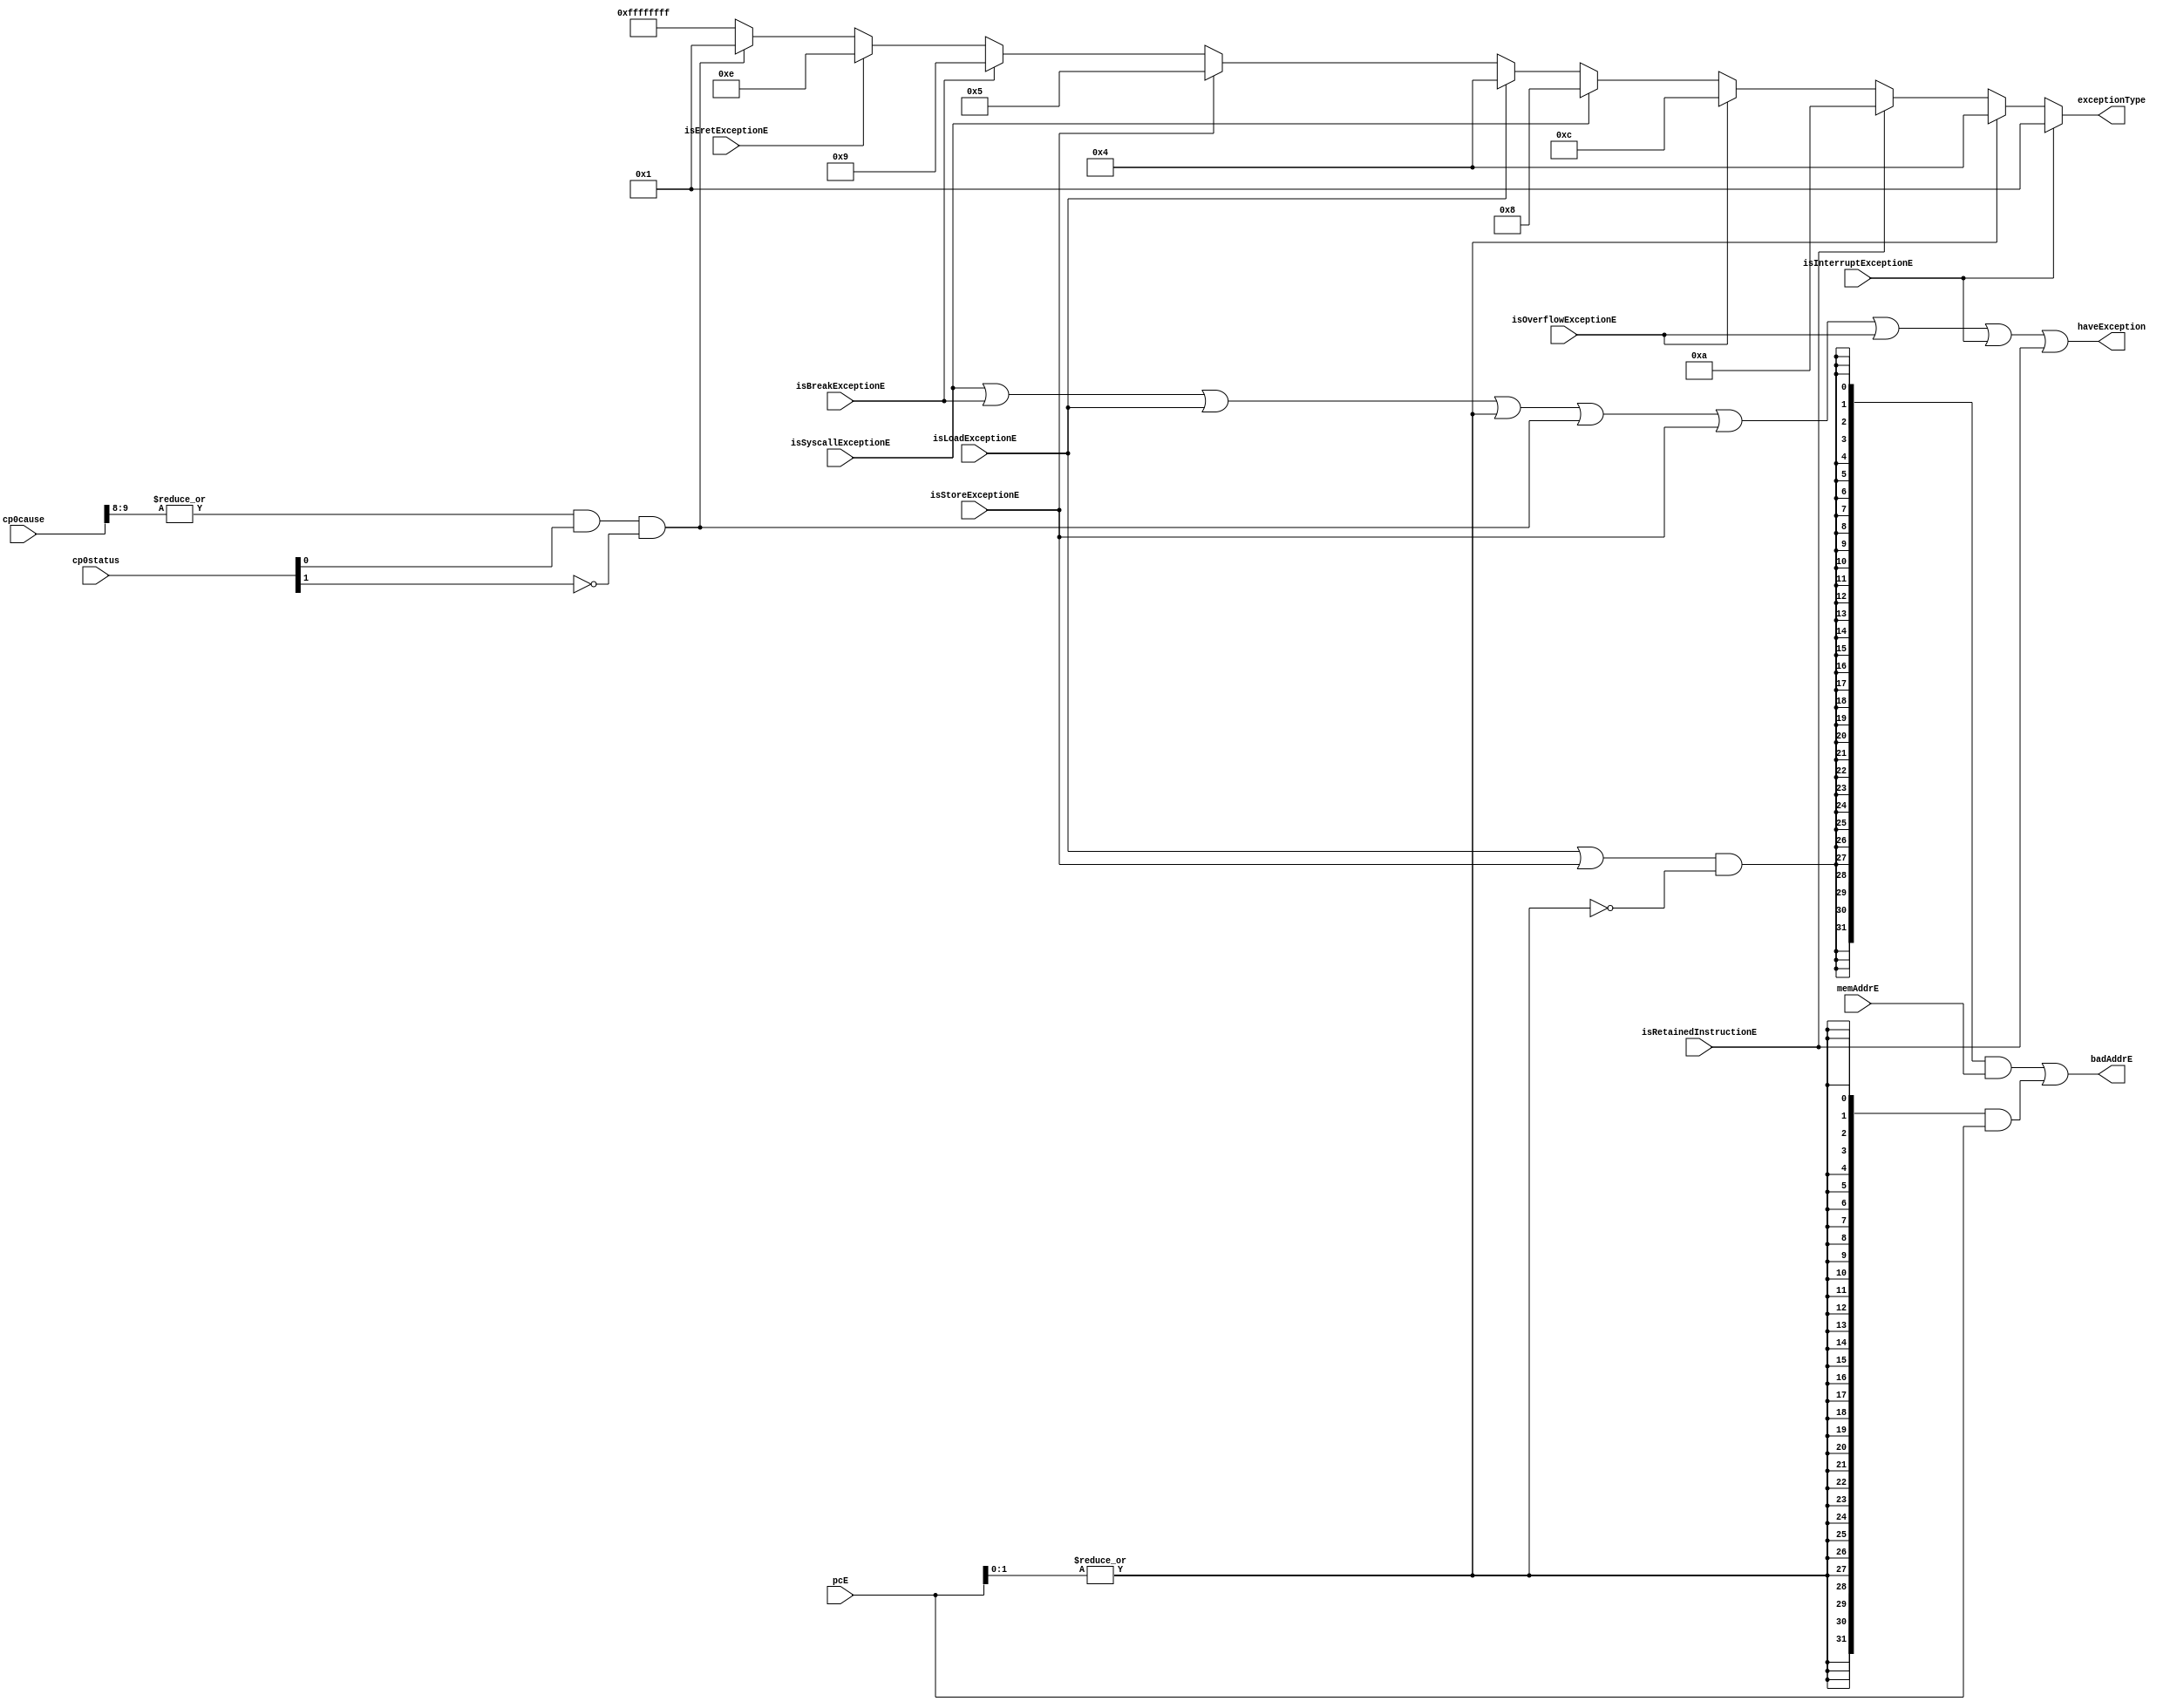
module exceptiondec(
    input   wire    [31:0]  pcE,        // MEM
    input   wire    [31:0]  memAddrE,   // 
    input   wire    [31:0]  cp0cause,   // cp
    input   wire    [31:0]  cp0status,   // status 
    // exception signal
    input   wire            isSyscallExceptionE,    // syscall
    input   wire            isBreakExceptionE,      // break
    input   wire            isEretExceptionE,       // eret
    input   wire            isLoadExceptionE,       // load addr except
    input   wire            isStoreExceptionE,      // store addr except
    input   wire            isOverflowExceptionE,   // overflow exception
    input   wire            isInterruptExceptionE,  // 
    input   wire            isRetainedInstructionE, // 
    output  wire    [31:0]  exceptionType,
    output  wire            haveException,          // 
    output  wire    [31:0]  badAddrE                 
);
    wire isInstrAddrExceptionE, isSoftInterruptionE;
    assign isSoftInterruptionE = (|cp0cause[9:8]) & (cp0status[0]) & (~cp0status[1]);
    assign isInstrAddrExceptionE = |pcE[1:0];     // 
    // cp0  
    // cp0
    assign haveException = isSyscallExceptionE | isBreakExceptionE | isLoadExceptionE | isInstrAddrExceptionE | isSoftInterruptionE |
                           isStoreExceptionE | isOverflowExceptionE | isInterruptExceptionE | isRetainedInstructionE;       // eretexception
    assign exceptionType = isInterruptExceptionE    ? 32'h0000_0001 :  // 
                           isInstrAddrExceptionE    ? 32'h0000_0004 :
                           isRetainedInstructionE   ? 32'h0000_000a :
                           isOverflowExceptionE     ? 32'h0000_000c :
                           isSyscallExceptionE      ? 32'h0000_0008 :
                           isLoadExceptionE         ? 32'h0000_0004 :
                           isStoreExceptionE        ? 32'h0000_0005 :
                           isBreakExceptionE        ? 32'h0000_0009 :                   // ref_codecp0_reg
                           isEretExceptionE         ? 32'h0000_000e : 
                           isSoftInterruptionE      ? 32'h0000_0001 : 32'hffff_ffff ;
    assign badAddrE = ({ 32{ (isLoadExceptionE | isStoreExceptionE) & ~isInstrAddrExceptionE } } & memAddrE)
                      | ({ 32{isInstrAddrExceptionE} } & pcE);
endmodule